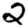
Digit: 2